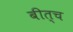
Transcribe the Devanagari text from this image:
बीत्च